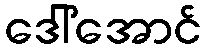
ဒေါ်အောင်